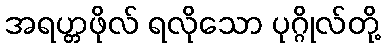
အရဟ္တဖိုလ် ရလိုသော ပုဂ္ဂိုလ်တို့